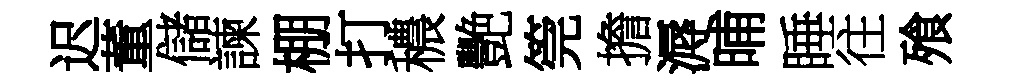
迟董儲諫棚打穠艷筦擔溽晡睡往飱